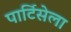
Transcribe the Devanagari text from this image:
पार्टिसेला